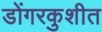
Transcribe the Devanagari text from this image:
डोंगरकुशीत